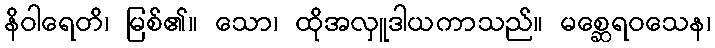
နိဝါရေတိ၊ မြစ်၏။ သော၊ ထိုအလှူဒါယကာသည်။ မစ္ဆေရဝသေန၊